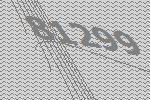
81299